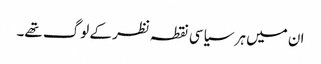
ان میں ہر سیاسی نقطہ نظر کے لوگ تھے۔